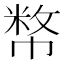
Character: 𢄞